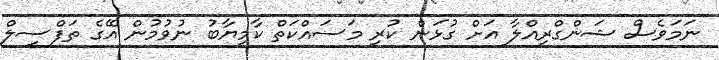
ނަމަވެސް ޝަންގްރިއްލާ އަށް ގުޅަން ކުރި މަސައްކަތް ކާމިޔާބު ނުވުމުން އޭގެ ތަފްސީލް